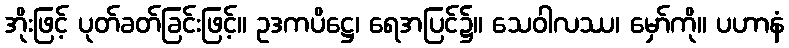
အိုးဖြင့် ပုတ်ခတ်ခြင်းဖြင့်။ ဥဒကပိဋ္ဌေ၊ ရေအပြင်၌။ သေဝါလဿ၊ မှော်ကို။ ပဟာနံ